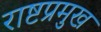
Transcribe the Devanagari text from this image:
राष्टप्रमुख